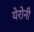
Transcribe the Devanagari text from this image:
येरोनी